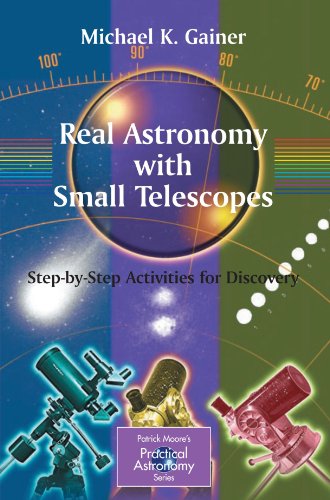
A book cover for Real Astronomy with Small Telescopes: Step-by-Step Activities for Discovery (The Patrick Moore Practical Astronomy Series); Michael Gainer; Science & Math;